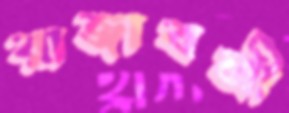
রাজাবলী